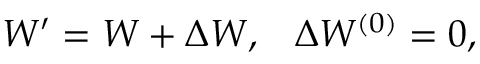
\begin{array} { l r } { { W ^ { \prime } = W + \Delta W , } } & { { \Delta W ^ { ( 0 ) } = 0 , } } \end{array}